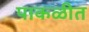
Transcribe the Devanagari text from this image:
पाकळीत